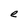
Character: e